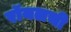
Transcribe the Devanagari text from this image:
रॉयलची